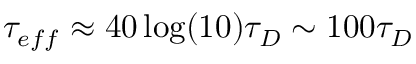
\tau _ { e f f } \approx 4 0 \log ( 1 0 ) \tau _ { D } \sim 1 0 0 \tau _ { D }